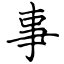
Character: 事